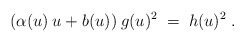
\begin{align*}(\alpha(u) \:u + b(u)) \:g(u)^2 \;=\; h(u)^2 \;.\end{align*}